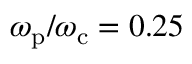
\omega _ { \mathrm { p } } / \omega _ { \mathrm { c } } = 0 . 2 5